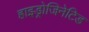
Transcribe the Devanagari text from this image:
हाइड्रोजिनेटिड